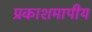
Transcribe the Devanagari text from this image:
प्रकाशमापीय